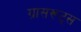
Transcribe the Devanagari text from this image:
ग्रासरूट्स